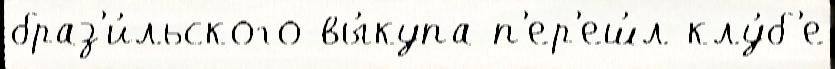
браз'и́льского вы́купа п'ер'еш́л клу́б'е